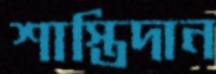
শাস্তিদান